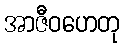
အာဇီဝဟေတု